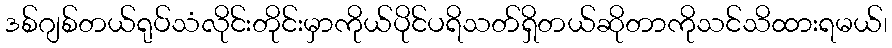
ဒစ်ဂျစ်တယ်ရုပ်သံလိုင်းတိုင်းမှာကိုယ်ပိုင်ပရိသတ်ရှိတယ်ဆိုတာကိုသင်သိထားရမယ်၊